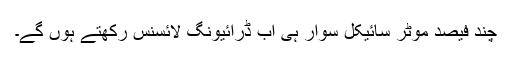
چند فیصد موٹر سائیکل سوار ہی اب ڈرائیونگ لائسنس رکھتے ہوں گے۔